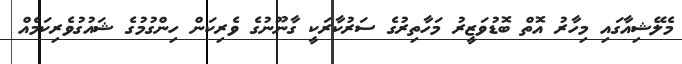
މެލޭޝިއާގައި މިހާރު އޮތް ބޮޑުވަޒީރު މަހާތިރުގެ ސަރުކާރަކީ ގާނޫނުގެ ވެރިކަން ހިންގުމުގެ ޝައުގުވެރިކަމެއް